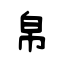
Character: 帛